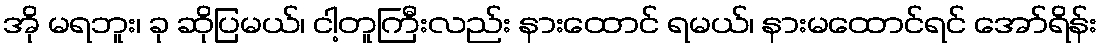
အို မရဘူး၊ ခု ဆိုပြမယ်၊ ငါ့တူကြီးလည်း နားထောင် ရမယ်၊ နားမထောင်ရင် အော်ရိန်း